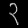
Digit: ၃